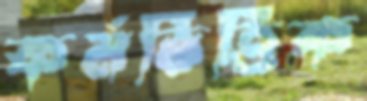
কর্মভিত্তিক